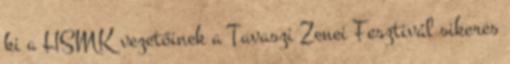
ki a HSMK vezetőinek a Tavaszi Zenei Fesztivál sikeres